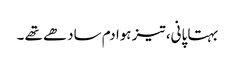
بہتا پانی، تیز ہوا دم سادھے تھے ۔